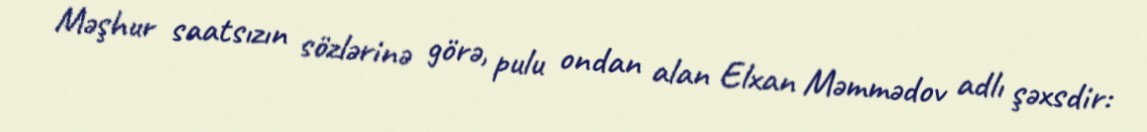
Məşhur saatsızın sözlərinə görə, pulu ondan alan Elxan Məmmədov adlı şəxsdir: